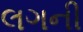
લગની